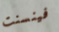
فينسنت